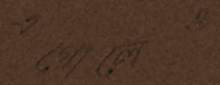
এগোলেও